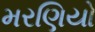
મરણિયો